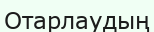
Отарлаудың